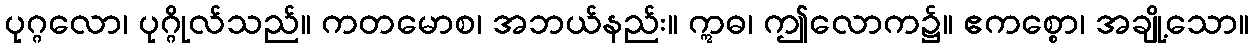
ပုဂ္ဂလော၊ ပုဂ္ဂိုလ်သည်။ ကတမောစ၊ အဘယ်နည်း။ ဣဓ၊ ဤလောက၌။ ဧကစ္စော၊ အချို့သော။